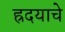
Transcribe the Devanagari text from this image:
ह्रदयाचे